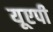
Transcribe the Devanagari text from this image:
यूएपी